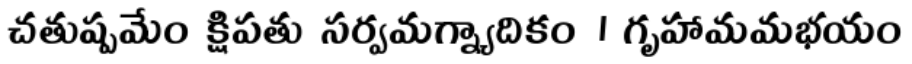
చతుష్పమేం క్షిపతు సర్వమగ్న్యాదికం । గృహామమభయం